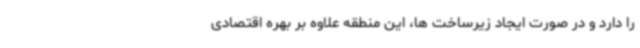
را دارد و در صورت ایجاد زیرساخت ها، این منطقه علاوه بر بهره اقتصادی